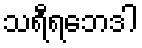
သရီရဘေဒါ